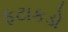
ફટાકડો